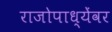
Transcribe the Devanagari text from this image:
राजोपाध्येंवर